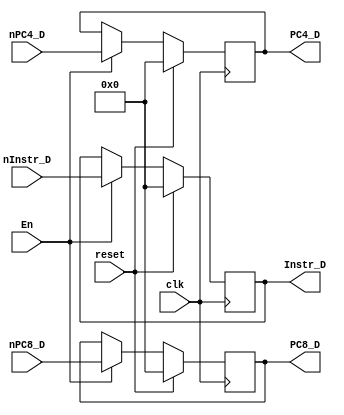
`timescale 1ns / 1ps
//////////////////////////////////////////////////////////////////////////////////
// Company: 
// Engineer: 
// 
// Design Name: 
// Module Name:    FD 
// Project Name: 
// Target Devices: 
// Tool versions: 
// Description: 
//
// Dependencies: 
//
// Revision: 
// Revision 0.01 - File Created
// Additional Comments: 
//
//////////////////////////////////////////////////////////////////////////////////
module fd(
	input clk,
	input reset,
	input En,
	input [31:0] nInstr_D,
	input [31:0] nPC4_D,
	input [31:0] nPC8_D,
	output reg [31:0] Instr_D,
	output reg [31:0] PC4_D,
	output reg [31:0] PC8_D
    );
	
	initial begin
		Instr_D = 0;
		PC4_D = 0;
		PC8_D = 0;
	end
	
	always @(posedge clk) begin
		if (reset) begin
			Instr_D = 0;
			PC4_D = 0;
			PC8_D = 0;
		end
		else if (En) begin
			Instr_D = nInstr_D;
			PC4_D = nPC4_D;
			PC8_D = nPC8_D;
		end
	end

endmodule